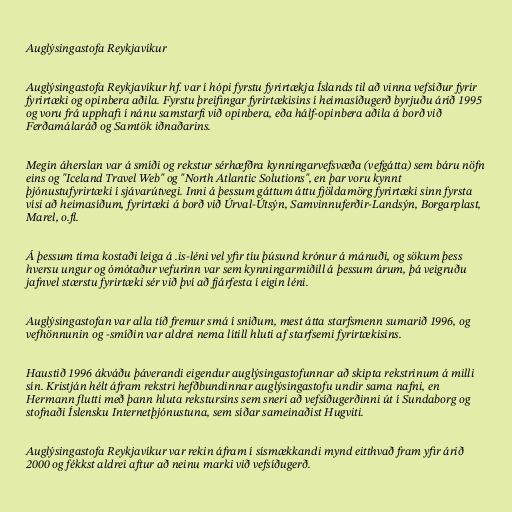
Auglýsingastofa Reykjavíkur

Auglýsingastofa Reykjavíkur hf. var í hópi fyrstu fyrirtækja Íslands til að vinna vefsíður fyrir
fyrirtæki og opinbera aðila. Fyrstu þreifingar fyrirtækisins í heimasíðugerð byrjuðu árið 1995
og voru frá upphafi í nánu samstarfi við opinbera, eða hálf-opinbera aðila á borð við
Ferðamálaráð og Samtök iðnaðarins.

Megin áherslan var á smíði og rekstur sérhæfðra kynningarvefsvæða (vefgátta) sem báru nöfn
eins og "Iceland Travel Web" og "North Atlantic Solutions", en þar voru kynnt
þjónustufyrirtæki í sjávarútvegi. Inni á þessum gáttum áttu fjöldamörg fyrirtæki sinn fyrsta
vísi að heimasíðum, fyrirtæki á borð við Úrval-Útsýn, Samvinnuferðir-Landsýn, Borgarplast,
Marel, o.fl.

Á þessum tíma kostaði leiga á .is-léni vel yfir tíu þúsund krónur á mánuði, og sökum þess
hversu ungur og ómótaður vefurinn var sem kynningarmiðill á þessum árum, þá veigruðu
jafnvel stærstu fyrirtæki sér við því að fjárfesta í eigin léni.

Auglýsingastofan var alla tíð fremur smá í sniðum, mest átta starfsmenn sumarið 1996, og
vefhönnunin og -smíðin var aldrei nema lítill hluti af starfsemi fyrirtækisins.

Haustið 1996 ákváðu þáverandi eigendur auglýsingastofunnar að skipta rekstrinum á milli
sín. Kristján hélt áfram rekstri hefðbundinnar auglýsingastofu undir sama nafni, en
Hermann flutti með þann hluta rekstursins sem sneri að vefsíðugerðinni út í Sundaborg og
stofnaði Íslensku Internetþjónustuna, sem síðar sameinaðist Hugviti.

Auglýsingastofa Reykjavíkur var rekin áfram í sísmækkandi mynd eitthvað fram yfir árið
2000 og fékkst aldrei aftur að neinu marki við vefsíðugerð.